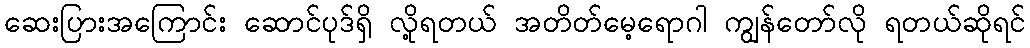
ဆေးပြားအကြောင်း ဆောင်ပုဒ်ရှိ လို့ရတယ် အတိတ်မေ့ရောဂါ ကျွန်တော်လို ရတယ်ဆိုရင်